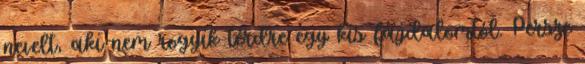
nevelt, aki nem rogyik térdre egy kis fájdalomtól. Persze